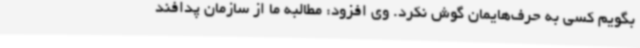
بگویم کسی به حرف‌هایمان گوش نکرد. وی افزود: مطالبه ما از سازمان پدافند